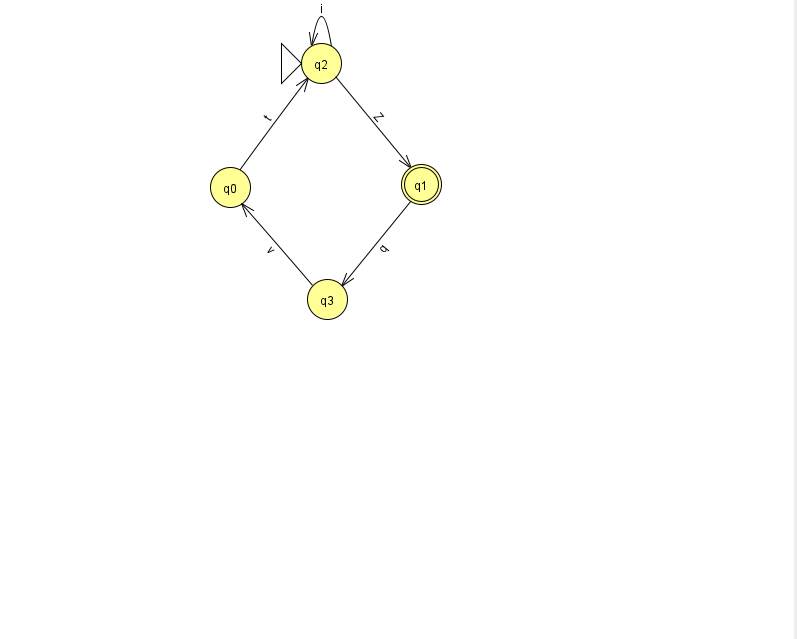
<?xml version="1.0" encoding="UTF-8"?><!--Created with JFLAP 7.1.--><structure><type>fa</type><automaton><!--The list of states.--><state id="0" name="q0"><x>230.0</x><y>174.0</y></state><state id="1" name="q1"><x>421.0</x><y>171.0</y><final/></state><state id="2" name="q2"><x>321.0</x><y>50.0</y><initial/></state><state id="3" name="q3"><x>327.0</x><y>286.0</y></state><!--The list of transitions.--><transition><from>0</from><to>2</to><read>t</read></transition><transition><from>2</from><to>2</to><read>i</read></transition><transition><from>3</from><to>0</to><read>v</read></transition><transition><from>2</from><to>1</to><read>Z</read></transition><transition><from>1</from><to>3</to><read>q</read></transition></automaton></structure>